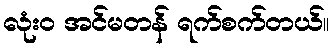
လုံး၀ အင်မတန် ရက်စက်တယ်။